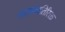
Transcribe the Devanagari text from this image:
भाताव्यतिरिक्त